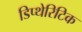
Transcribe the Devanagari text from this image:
डिप्थेरिटिक